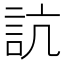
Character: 𧦑